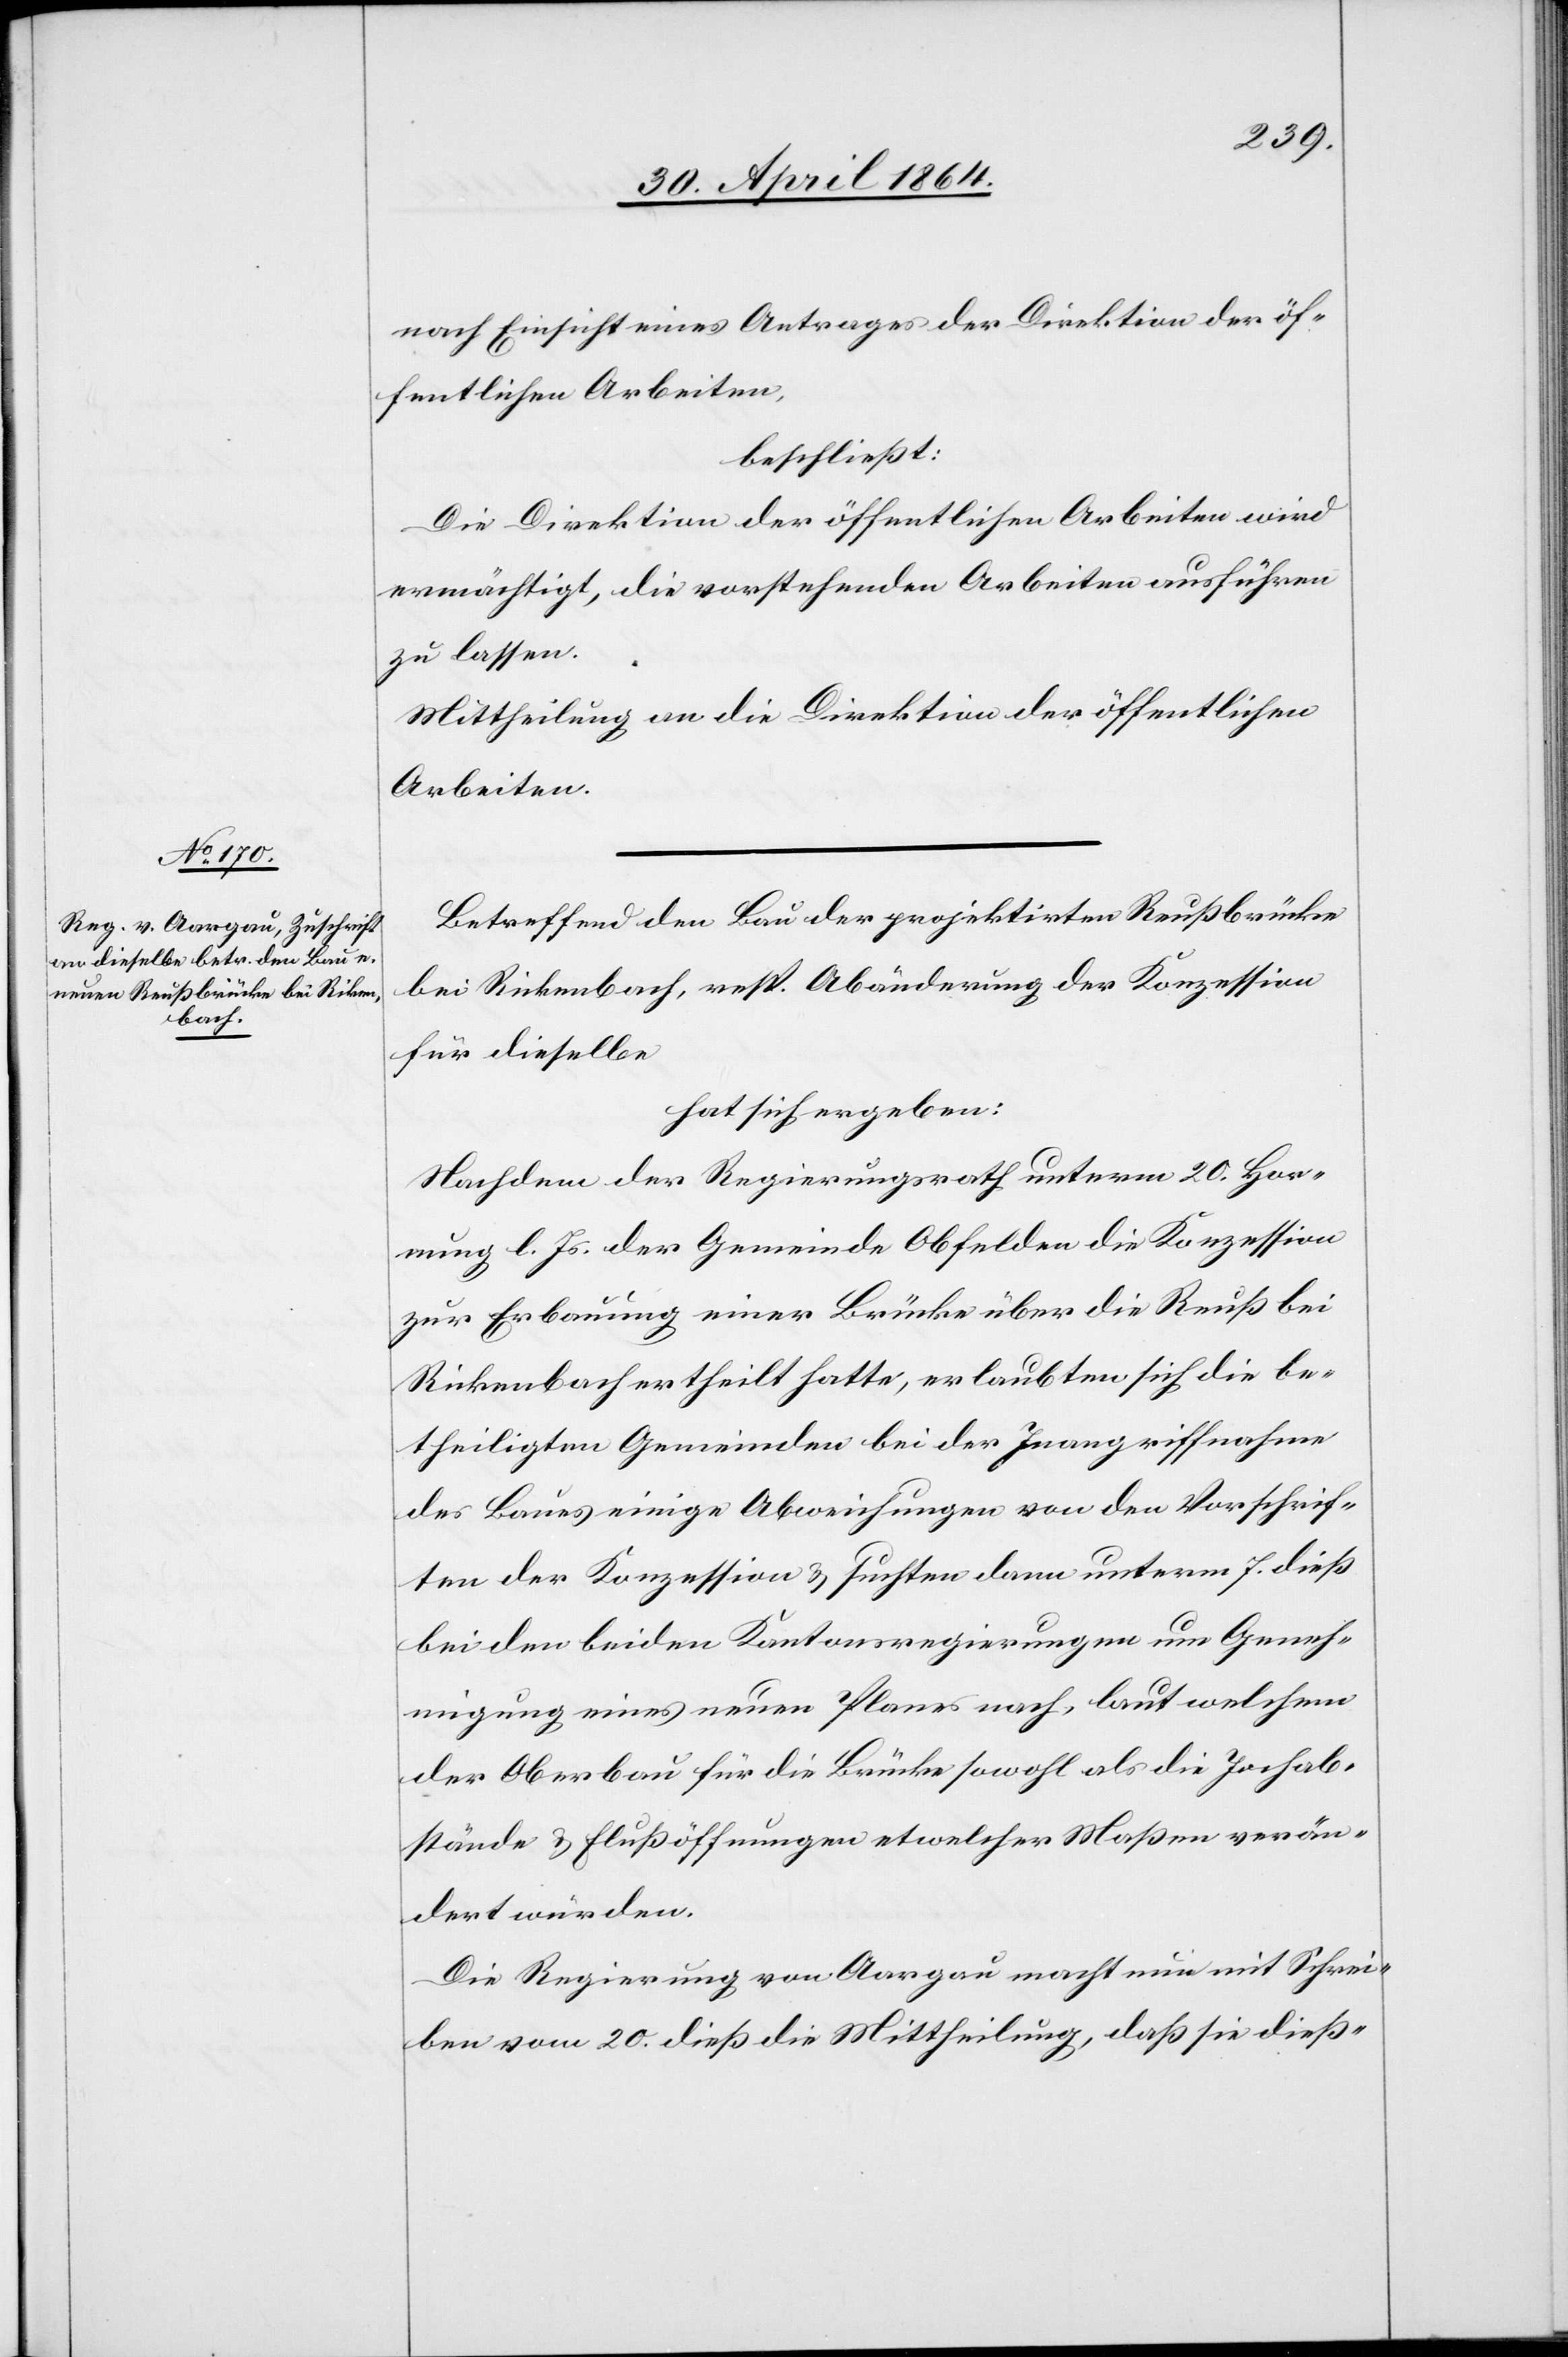
nach Einsicht eines Antrages der Direktion der öf¬
fentlichen Arbeiten,
beschließt:
Die Direktion der öffentlichen Arbeiten wird
ermächtigt, die vorstehenden Arbeiten ausführen
zu lassen.
Mittheilung an die Direktion der öffentlichen
Arbeiten.
Betreffend den Bau der projektirten Reußbrücke
bei Rickenbach, resp. Abänderung der Konzession
für dieselbe
hat sich ergeben:
Nachdem der Regierungsrath unterm 20. Hor¬
nung l. Js. der Gemeinde Obfelden die Konzession
zur Erbauung einer Brücke über die Reuß bei
Rickenbach ertheilt hatte, erlaubten sich die be¬
theiligten Gemeinden bei der Inangriffnahme
des Baues einige Abweichungen von den Vorschrif¬
ten der Konzession u. suchten dann unterm 7. dieß
bei den beiden Kantonsregierungen um Geneh¬
migung eines neuen Planes nach, laut welchem
der Oberbau für die Brücke sowohl als die Jochab¬
stände u. Flußöffnungen etwelcher Maßen verän¬
dert würden.
Die Regierung von Aargau macht nun mit Schrei¬
ben vom 20. dieß die Mittheilung, daß sie dieß-